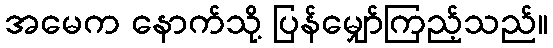
အမေက နောက်သို့ ပြန်မျှော်ကြည့်သည်။